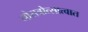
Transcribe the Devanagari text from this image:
नौरात्रोत्सात्वात